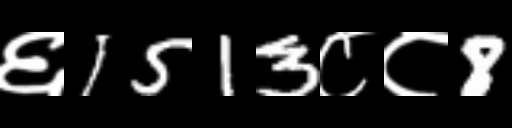
Text: ६1513८८8